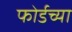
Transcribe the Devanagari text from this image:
फोर्डच्या